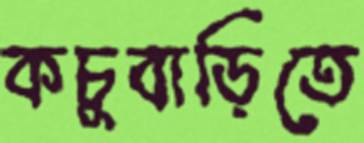
কচুবাড়িতে